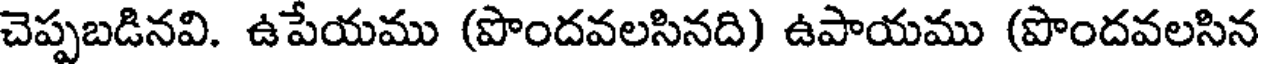
చెప్పబడినవి. ఉపేయము (పొందవలసినది) ఉపాయము (పొందవలసిన